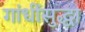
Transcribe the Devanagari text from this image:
गांधींसुद्धा